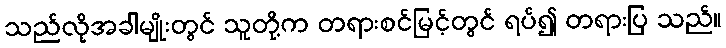
သည်လိုအခါမျိုးတွင် သူတို့က တရားစင်မြင့်တွင် ရပ်၍ တရားပြ သည်။